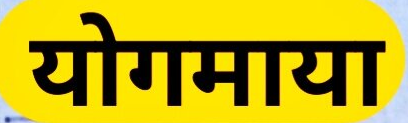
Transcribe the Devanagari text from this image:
योगमाया